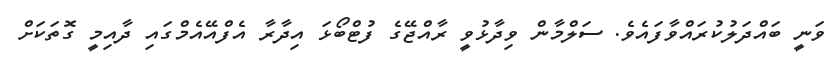
ވަނީ ބައްދަލުކުރައްވާފައެވެ. ސަލްމާން ވިދާޅުވީ ރާއްޖޭގެ ފުޓްބޯޅަ އިދާރާ އެފްއޭއެމްގައި ދާއިމީ ގޮތަކަށް